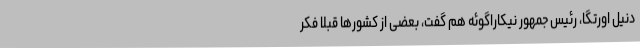
دنیل اورتگا،‌ رئیس جمهور نیکاراگوئه هم گفت، بعضی از کشورها قبلا فکر